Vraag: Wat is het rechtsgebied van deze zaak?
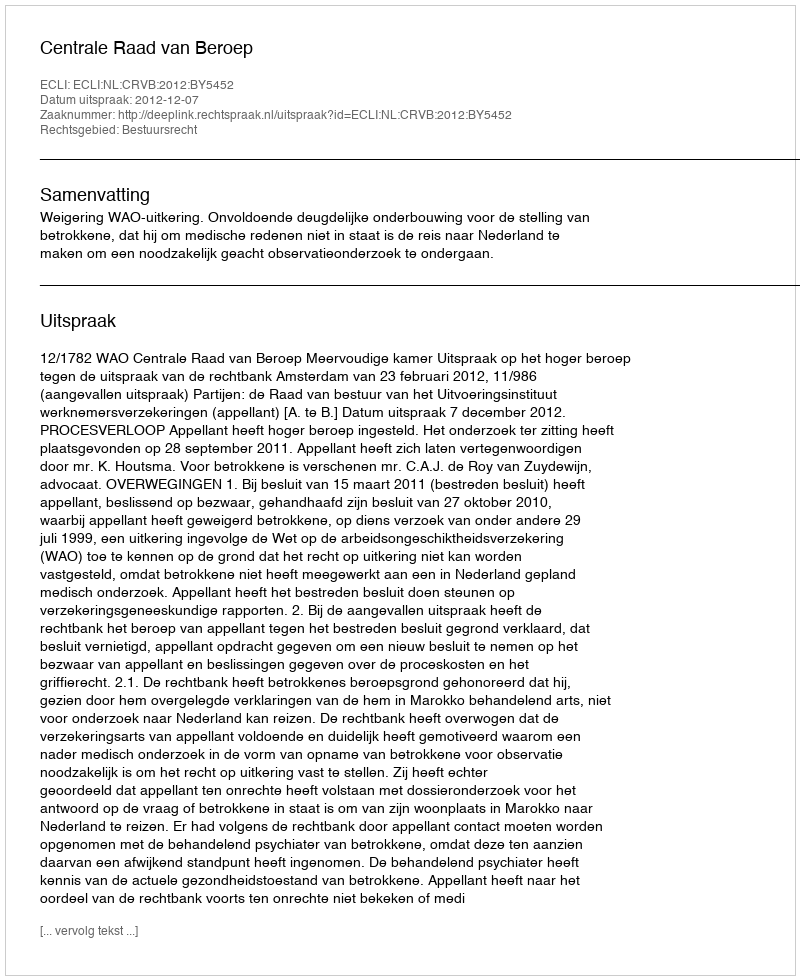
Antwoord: Bestuursrecht